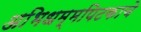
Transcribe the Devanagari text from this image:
अभिधम्मपिटकाचे